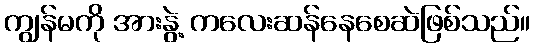
ကျွန်မကို အားနွဲ့ ကလေးဆန်နေစေဆဲဖြစ်သည်။